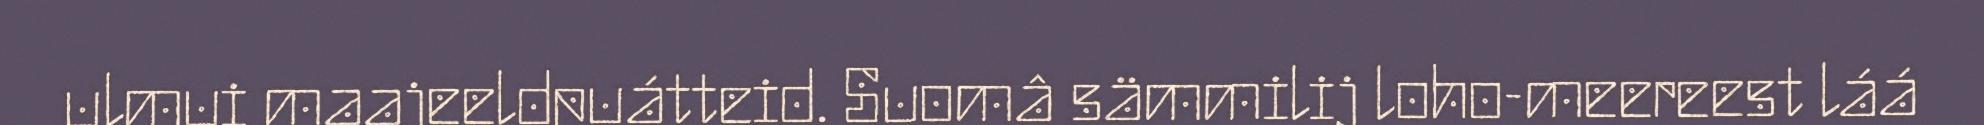
ulmui maajeeldpuátteid. Suomâ sämmilij loho-meereest láá